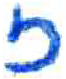
אות: ז